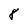
Character: 8